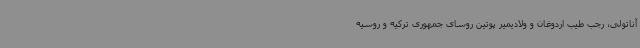
آناتولی، رجب طیب اردوغان و ولادیمیر پوتین روسای جمهوری ترکیه و روسیه